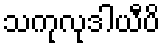
သကုလုဒါယီပိ